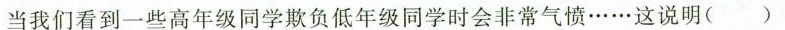
当我们看到一些高年级同学欺负低年级同学时会非常气愤……这说明（）